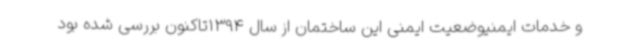
و خدمات ایمنیوضعیت ایمنی این ساختمان از سال 1394تاکنون بررسی شده بود